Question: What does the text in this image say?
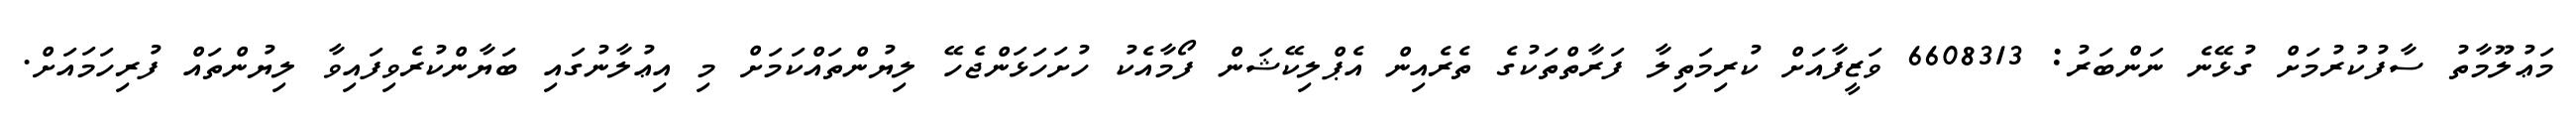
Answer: މަޢުލޫމާތު ސާފުކުރުމަށް ގުޅޭނެ ނަންބަރު: 6608313 ވަޒީފާއަށް ކުރިމަތިލާ ފަރާތްތަކުގެ ތެރެއިން އެޕްލިކޭޝަން ފޯމާއެކު ހުށަހަޅަންޖެހޭ ލިޔުންތައްކަމަށް މި އިޢުލާނުގައި ބަޔާންކުރެވިފައިވާ ލިޔުންތައް ފުރިހަމައަށް.